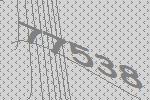
77538